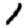
Digit: 1